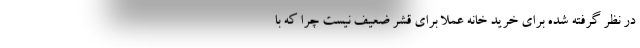
در نظر گرفته شده برای خرید خانه عملا برای قشر ضعیف نیست چرا که با